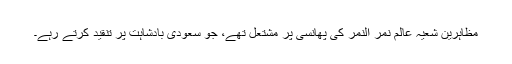
مظاہرین شعیہ عالم نمر النمر کی پھانسی پر مشتعل تھے، جو سعودی بادشاہت پر تنقید کرتے رہے۔